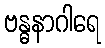
ဗန္ဓနာဂါရေ